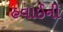
હવાઈની